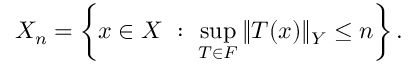
X _ { n } = \left\{ x \in X \ : \ \sup _ { T \in F } \| T ( x ) \| _ { Y } \leq n \right\} .